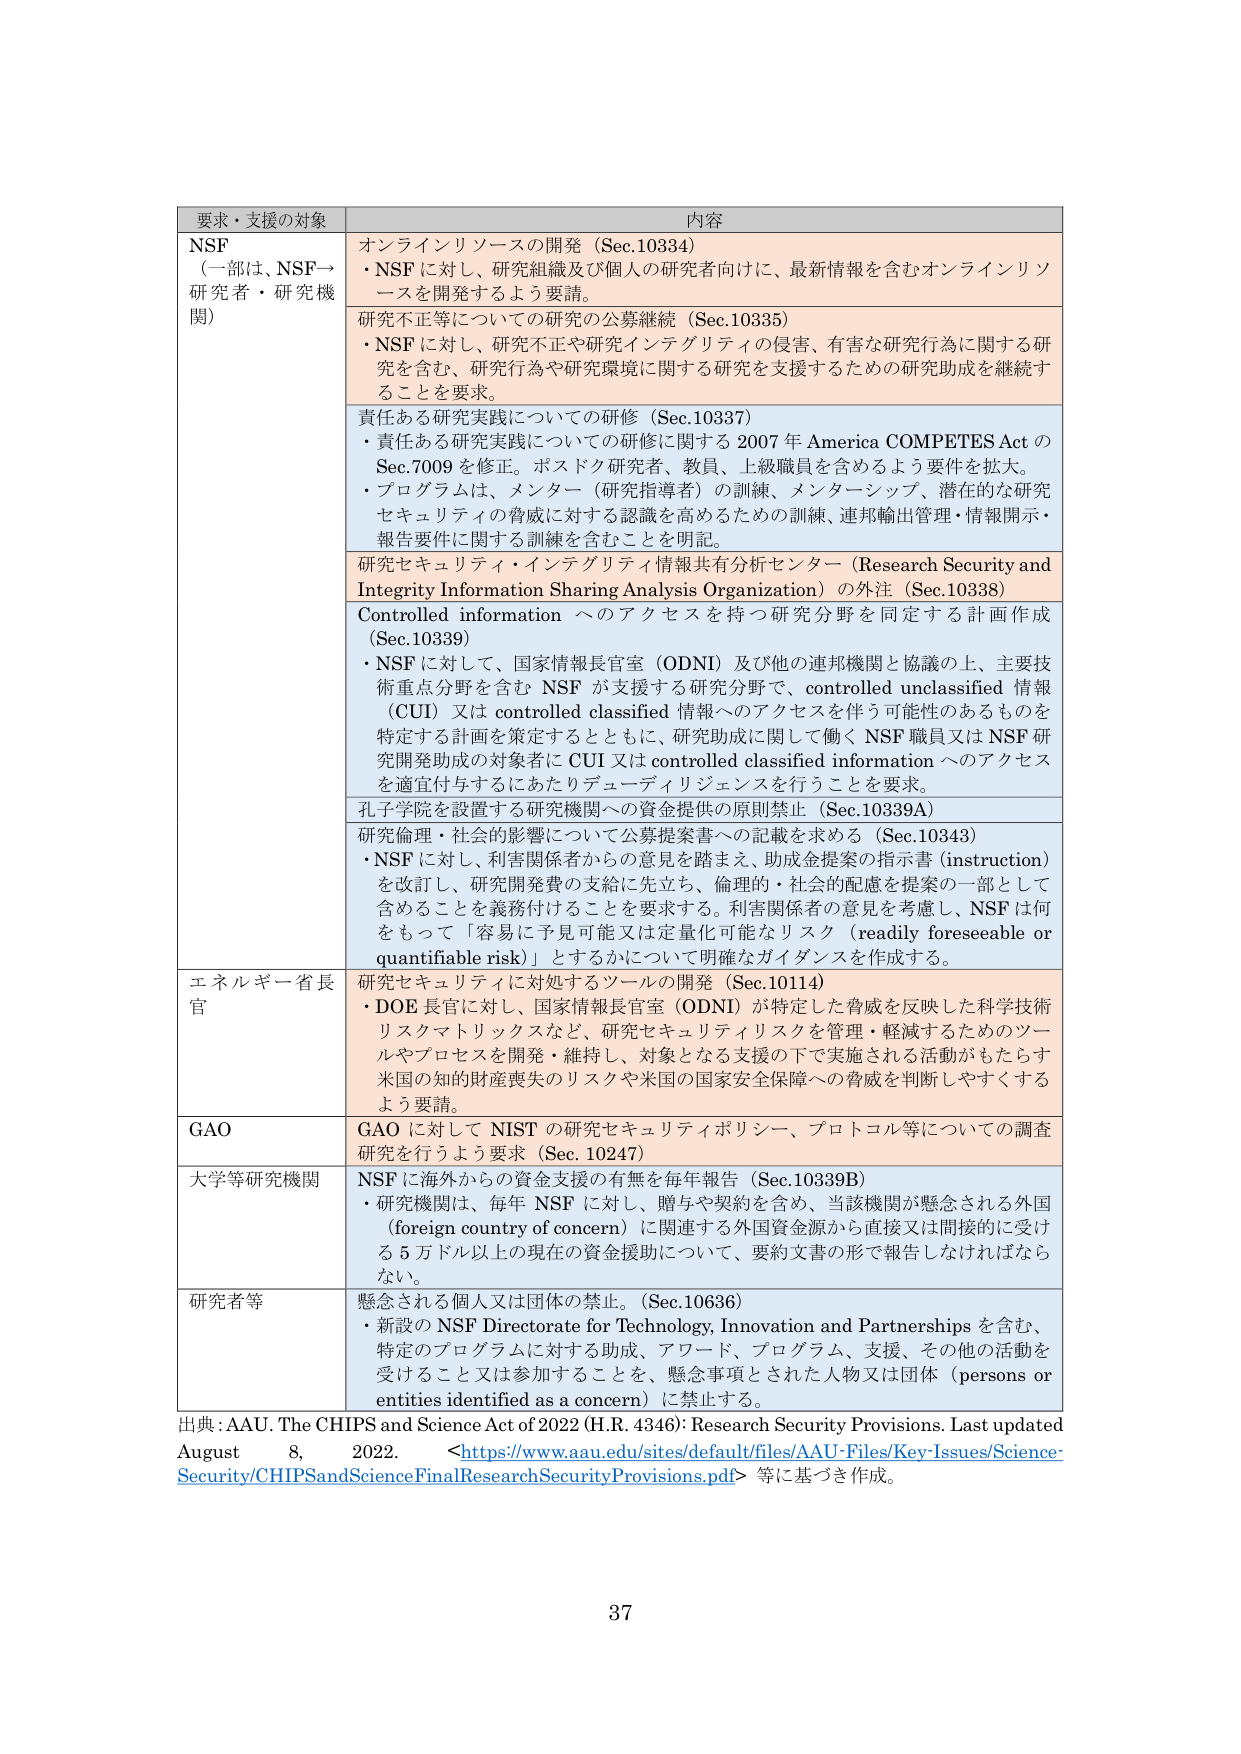
要求・支援の対象	内容
NSF
（一部は、NSF→研究者・研究機関）	オンラインリソースの開発（Sec.10334）
・NSF に対し、研究組織及び個人の研究者向けに、最新情報を含むオンラインリソースを開発するよう要請。
研究不正等についての研究の公募継続（Sec.10335）
・NSF に対し、研究不正や研究インテグリティの侵害、有害な研究行為に関する研究を含む、研究行為や研究環境に関する研究を支援するための研究助成を継続することを要求。
責任ある研究実践についての研修（Sec.10337）
・責任ある研究実践についての研修に関する 2007 年 America COMPETES Act の Sec.7009 を修正。ポスドク研究者、教員、上級職員を含めるよう要件を拡大。
・プログラムは、メンター（研究指導者）の訓練、メンターシップ、潜在的な研究セキュリティの脅威に対する認識を高めるための訓練、連邦輸出管理・情報開示・報告要件に関する訓練を含むことを明記。
研究セキュリティ・インテグリティ情報共有分析センター（Research Security and Integrity Information Sharing Analysis Organization）の外注（Sec.10338）
Controlled information へのアクセスを持つ研究分野を同定する計画作成（Sec.10339）
・NSF に対して、国家情報長官室（ODNI）及び他の連邦機関と協議の上、主要技術重点分野を含む NSF が支援する研究分野で、controlled unclassified 情報（CUI）又は controlled classified 情報へのアクセスを伴う可能性のあるものを特定する計画を策定するとともに、研究助成に関して働く NSF 職員又は NSF 研究開発助成の対象者に CUI 又は controlled classified information へのアクセスを適宜付与するにあたりデューディリジェンスを行うことを要求。
孔子学院を設置する研究機関への資金提供の原則禁止（Sec.10339A）
研究倫理・社会的影響について公募提案書への記載を求める（Sec.10343）
・NSF に対し、利害関係者からの意見を踏まえ、助成金提案の指示書（instruction）を改訂し、研究開発費の支給に先立ち、倫理的・社会的配慮を提案の一部として含めることを義務付けることを要求する。利害関係者の意見を考慮し、NSF は何をもって「容易に予見可能又は定量化可能なリスク（readily foreseeable or quantifiable risk）」とするかについて明確なガイダンスを作成する。
エネルギー省長官	研究セキュリティに対処するツールの開発（Sec.10114）
・DOE 長官に対し、国家情報長官室（ODNI）が特定した脅威を反映した科学技術リスクマトリックスなど、研究セキュリティリスクを管理・軽減するためのツールやプロセスを開発・維持し、対象となる支援の下で実施される活動がもたらす米国の知的財産喪失のリスクや米国の国家安全保障への脅威を判断しやすくするよう要請。
GAO	GAO に対して NIST の研究セキュリティポリシー、プロトコル等についての調査研究を行うよう要求（Sec. 10247）
大学等研究機関	NSF に海外からの資金支援の有無を毎年報告（Sec.10339B）
・研究機関は、毎年 NSF に対し、贈与や契約を含め、当該機関が懸念される外国（foreign country of concern）に関連する外国資金源から直接又は間接的に受ける 5 万ドル以上の現在の資金援助について、要約文書の形で報告しなければならない。
研究者等	懸念される個人又は団体の禁止。（Sec.10636）
・新設の NSF Directorate for Technology, Innovation and Partnerships を含む、特定のプログラムに対する助成、アワード、プログラム、支援、その他の活動を受けること又は参加することを、懸念事項とされた人物又は団体（persons or entities identified as a concern）に禁止する。
出典：AAU. The CHIPS and Science Act of 2022 (H.R. 4346): Research Security Provisions. Last updated August 8, 2022. <https://www.aau.edu/sites/default/files/AAU-Files/Key-Issues/Science-Security/CHIPSandScienceFinalResearchSecurityProvisions.pdf> 等に基づき作成。
37